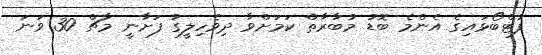
ފުޓްބޯޅައިގެ އެންމެ ބޮޑު މުބާރާތް ކަމަށްވާ ދިވެހިލީގު ފަށާނީ މާޗް 30 ވަނަ